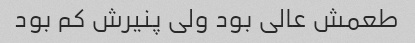
طعمش عالی بود ولی پنیرش کم بود